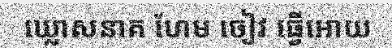
ឃ្លោសនាគ ហែម ចៀវ ធ្វើអោយ